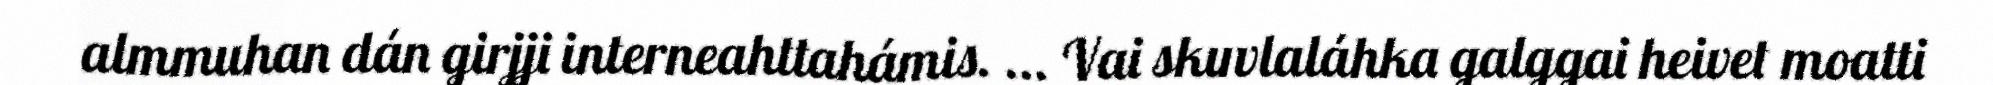
almmuhan dán girjji interneahttahámis. ... Vai skuvlaláhka galggai heivet moatti